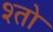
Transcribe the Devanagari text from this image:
श्तो